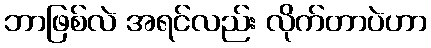
ဘာဖြစ်လဲ အရင်လည်း လိုက်တာပဲဟာ